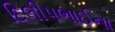
દિલીપભાઈના